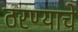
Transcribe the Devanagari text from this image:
ठरण्याचे